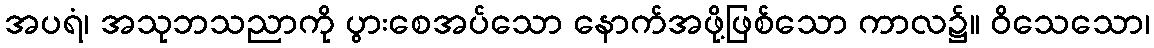
အပရံ၊ အသုဘသညာကို ပွားစေအပ်သော နောက်အဖို့ဖြစ်သော ကာလ၌။ ဝိသေသော၊